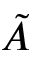
\tilde { A }